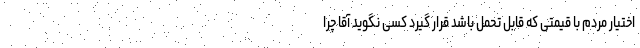
اختیار مردم با قیمتی که قابل تحمل باشد قرار گیرد کسی نگوید آقا چرا